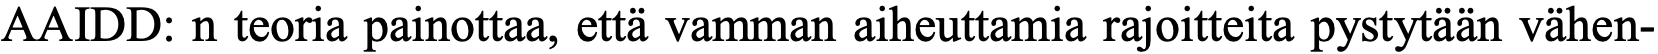
AAIDD: n teoria painottaa, että vamman aiheuttamia rajoitteita pystytään vähen-